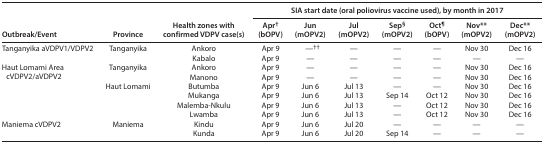
<table><thead><tr><td rowspan="2"><b>Outbreak/Event</b></td><td rowspan="2"><b>Province</b></td><td rowspan="2"><b>Health zones with confirmed VDPV case(s)</b></td><td colspan="7"><b>SIA start date (oral poliovirus vaccine used), by month in 2017</b></td></tr><tr><td><b>Apr<sup>†</sup> (bOPV)</b></td><td><b>Jun (mOPV2)</b></td><td><b>Jul (mOPV2)</b></td><td><b>Sep<sup>§</sup> (mOPV2)</b></td><td><b>Oct<sup>¶</sup> (bOPV)</b></td><td><b>Nov** (mOPV2)</b></td><td><b>Dec** (mOPV2)</b></td></tr></thead><tbody><tr><td rowspan="2">Tanganyika aVDPV1/VDPV2</td><td rowspan="2">Tanganyika</td><td>Ankoro</td><td>Apr 9</td><td>—<sup>††</sup></td><td>—</td><td>—</td><td>—</td><td>Nov 30</td><td>Dec 16</td></tr><tr><td>Kabalo</td><td>Apr 9</td><td>—</td><td>—</td><td>—</td><td>—</td><td>—</td><td>—</td></tr><tr><td rowspan="6">Haut Lomami Area cVDPV2/aVDPV2</td><td rowspan="2">Tanganyika</td><td>Ankoro</td><td>Apr 9</td><td>—</td><td>—</td><td>—</td><td>—</td><td>Nov 30</td><td>Dec 16</td></tr><tr><td>Manono</td><td>Apr 9</td><td>—</td><td>—</td><td>—</td><td>—</td><td>Nov 30</td><td>Dec 16</td></tr><tr><td rowspan="4">Haut Lomami</td><td>Butumba</td><td>Apr 9</td><td>Jun 6</td><td>Jul 13</td><td>—</td><td>—</td><td>Nov 30</td><td>Dec 16</td></tr><tr><td>Mukanga</td><td>Apr 9</td><td>Jun 6</td><td>Jul 13</td><td>Sep 14</td><td>Oct 12</td><td>Nov 30</td><td>Dec 16</td></tr><tr><td>Malemba-Nkulu</td><td>Apr 9</td><td>Jun 6</td><td>Jul 13</td><td>—</td><td>Oct 12</td><td>Nov 30</td><td>Dec 16</td></tr><tr><td>Lwamba</td><td>Apr 9</td><td>Jun 6</td><td>Jul 13</td><td>—</td><td>Oct 12</td><td>Nov 30</td><td>Dec 16</td></tr><tr><td rowspan="2">Maniema cVDPV2</td><td rowspan="2">Maniema</td><td>Kindu</td><td>Apr 9</td><td>Jun 6</td><td>Jul 20</td><td>—</td><td>—</td><td>—</td><td>—</td></tr><tr><td>Kunda</td><td>Apr 9</td><td>Jun 6</td><td>Jul 20</td><td>Sep 14</td><td>—</td><td>—</td><td>—</td></tr></tbody></table>